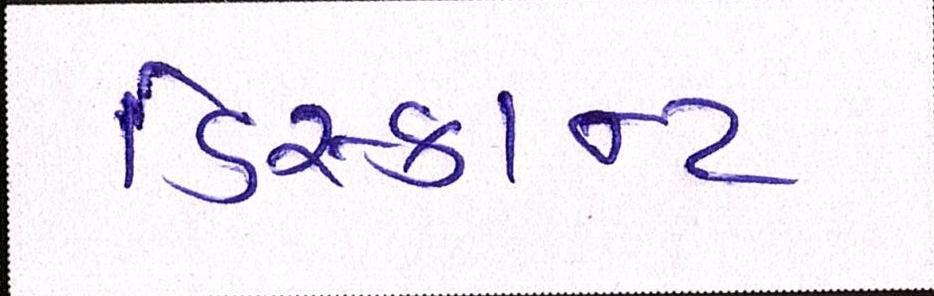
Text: ડિસ્કાન્ટ